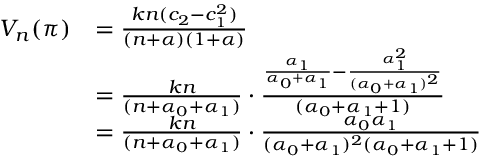
\begin{array} { r l } { V _ { n } ( \pi ) } & { = \frac { k n ( c _ { 2 } - c _ { 1 } ^ { 2 } ) } { ( n + \alpha ) ( 1 + \alpha ) } } \\ & { = \frac { k n } { ( n + \alpha _ { 0 } + \alpha _ { 1 } ) } \cdot \frac { \frac { \alpha _ { 1 } } { \alpha _ { 0 } + \alpha _ { 1 } } - \frac { \alpha _ { 1 } ^ { 2 } } { ( \alpha _ { 0 } + \alpha _ { 1 } ) ^ { 2 } } } { ( \alpha _ { 0 } + \alpha _ { 1 } + 1 ) } } \\ & { = \frac { k n } { ( n + \alpha _ { 0 } + \alpha _ { 1 } ) } \cdot \frac { \alpha _ { 0 } \alpha _ { 1 } } { ( \alpha _ { 0 } + \alpha _ { 1 } ) ^ { 2 } ( \alpha _ { 0 } + \alpha _ { 1 } + 1 ) } } \end{array}